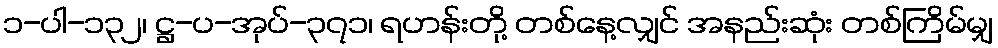
၁-ပါ-၁၃၂၊ ဋ္ဌ-ပ-အုပ်-၃၇၁၊ ရဟန်းတို့ တစ်နေ့လျှင် အနည်းဆုံး တစ်ကြိမ်မျှ